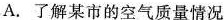
A.了解某市的空气质量情况